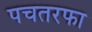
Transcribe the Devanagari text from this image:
पचतरफा